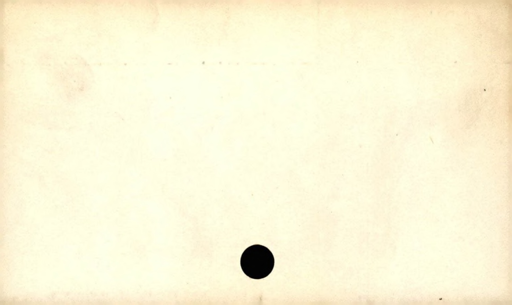
Label: blank